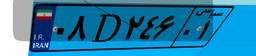
۰۸D۲۴۶۰۱